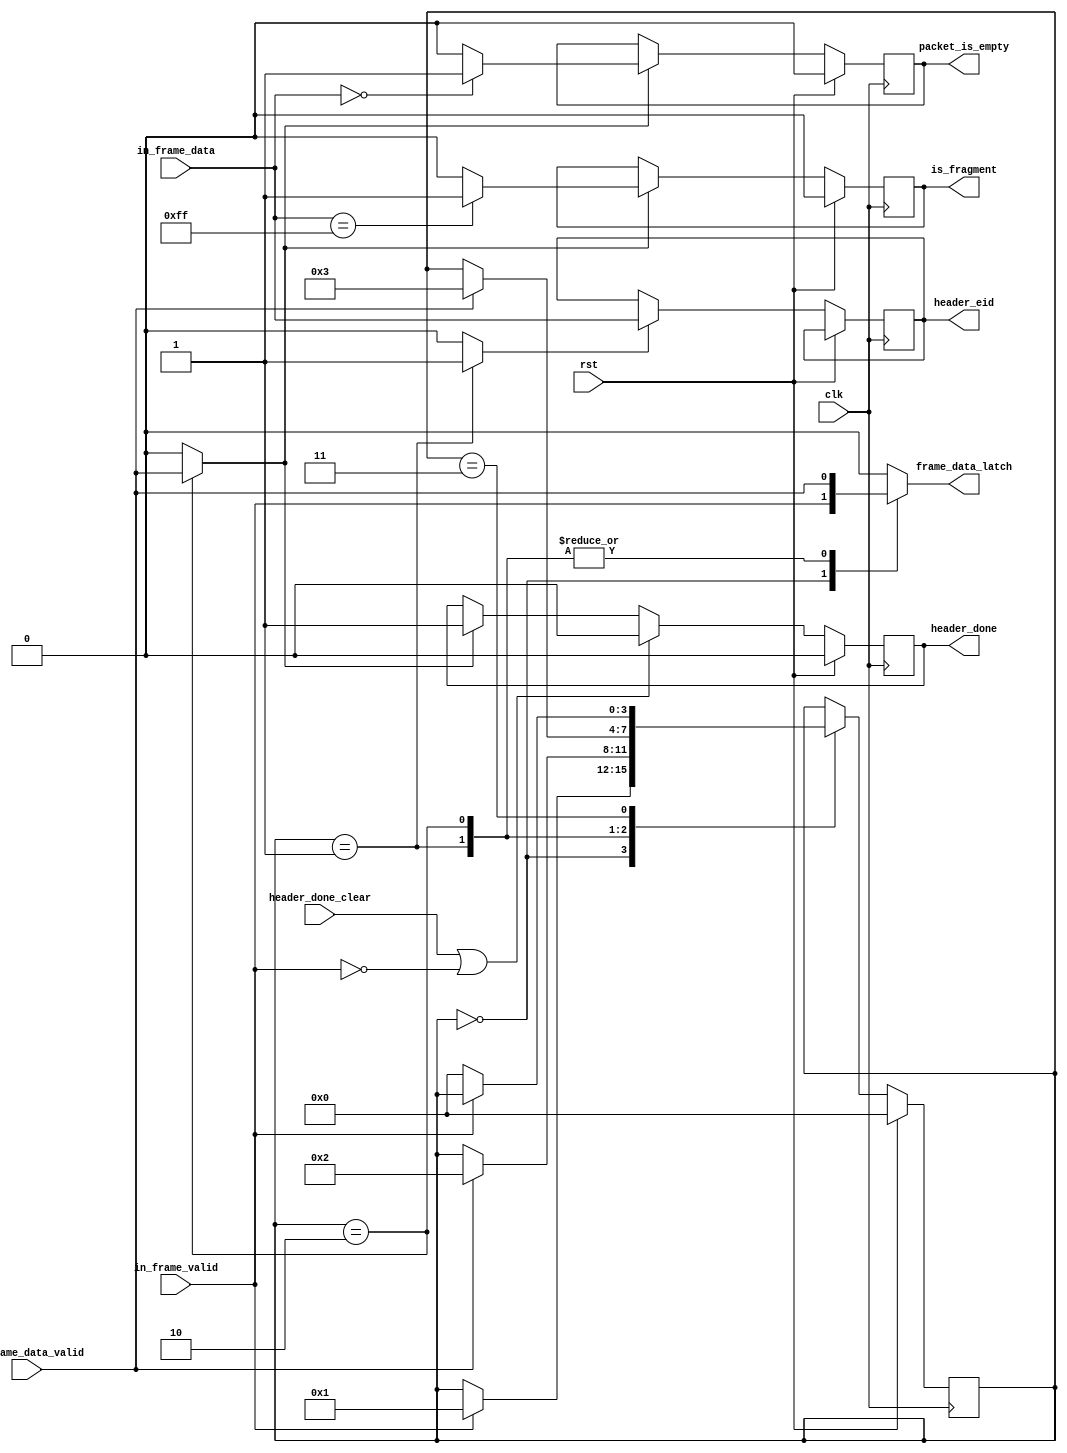
module header_decoder(
	input clk,
	input rst,
	input [7:0] in_frame_data,
	input in_frame_data_valid,
	input in_frame_valid,
	output reg [7:0] header_eid,
	output reg frame_data_latch,
	output reg header_done,
	output reg packet_is_empty,
	output reg is_fragment,
	input header_done_clear
);

parameter STATE_IDLE = 0;
parameter STATE_RECORD_EID = 1;
parameter STATE_SKIP_LEN = 2;
parameter STATE_WAIT = 3;

reg [3:0] state, next_state;
reg latch_eid, latch_is_fragment, set_header_done;
always @(posedge clk) begin
	if(rst) begin
		state <= STATE_IDLE;
		header_done <= 1'b0;
		is_fragment <= 1'b0;
		packet_is_empty <= 1'b0;
	end else begin
		state <= next_state;
		if(latch_eid)
			header_eid <= in_frame_data;
		if(set_header_done) begin
			header_done <= 1'b1;
			if(in_frame_data == 8'h00)
				packet_is_empty <= 1'b1;
			else
				packet_is_empty <= 1'b0;
		end
		if(header_done_clear | ~in_frame_valid)
			header_done <= 1'b0;
		if(latch_is_fragment) begin
			if(in_frame_data == 8'hFF)
				is_fragment <= 1'b1;
			else
				is_fragment <= 1'b0;
		end
	end
end

always @* begin
	next_state = state;
	frame_data_latch = 1'b0;
	set_header_done = 1'b0;
	latch_is_fragment = 1'b0;
	latch_eid = 1'b0;
	
	case(state)
		STATE_IDLE: begin
			frame_data_latch = in_frame_valid;
			if(in_frame_valid) begin
				next_state = STATE_RECORD_EID;
			end
		end
		
		STATE_RECORD_EID: begin
			frame_data_latch = in_frame_data_valid;
			latch_eid = 1'b1;
			if(in_frame_data_valid) begin
				next_state = STATE_SKIP_LEN;
			end
		end
		
		STATE_SKIP_LEN: begin
			frame_data_latch = in_frame_data_valid;
			latch_is_fragment = in_frame_data_valid;
			set_header_done = in_frame_data_valid;
			if(in_frame_data_valid) begin
				next_state = STATE_WAIT;
			end
		end
		
		STATE_WAIT: begin
			if(~in_frame_valid) begin
				next_state = STATE_IDLE;
			end
		end
	endcase
end

endmodule